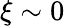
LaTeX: \xi\sim 0